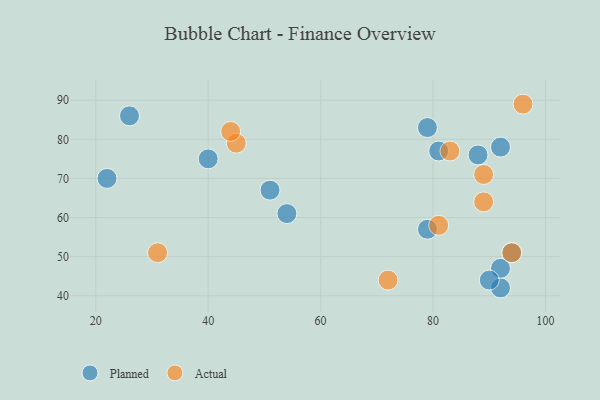
{"axis": {"x": "GDP", "y": "Life Expectancy"}, "legend": ["Actual", "Planned"], "data": [{"x": "22", "y": 70, "type": "Planned"}, {"x": "79", "y": 83, "type": "Planned"}, {"x": "92", "y": 78, "type": "Planned"}, {"x": "92", "y": 42, "type": "Planned"}, {"x": "92", "y": 47, "type": "Planned"}, {"x": "81", "y": 77, "type": "Planned"}, {"x": "94", "y": 51, "type": "Planned"}, {"x": "79", "y": 57, "type": "Planned"}, {"x": "54", "y": 61, "type": "Planned"}, {"x": "26", "y": 86, "type": "Planned"}, {"x": "51", "y": 67, "type": "Planned"}, {"x": "88", "y": 76, "type": "Planned"}, {"x": "40", "y": 75, "type": "Planned"}, {"x": "90", "y": 44, "type": "Planned"}, {"x": "81", "y": 58, "type": "Actual"}, {"x": "45", "y": 79, "type": "Actual"}, {"x": "72", "y": 44, "type": "Actual"}, {"x": "31", "y": 51, "type": "Actual"}, {"x": "94", "y": 51, "type": "Actual"}, {"x": "89", "y": 71, "type": "Actual"}, {"x": "44", "y": 82, "type": "Actual"}, {"x": "96", "y": 89, "type": "Actual"}, {"x": "89", "y": 64, "type": "Actual"}, {"x": "83", "y": 77, "type": "Actual"}]}